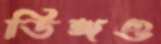
ডিঙ্গও